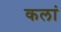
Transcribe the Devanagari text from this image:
कलां